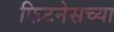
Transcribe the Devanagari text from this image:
फिटनेसच्या